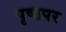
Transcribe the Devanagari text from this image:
पृष्ठपर